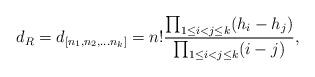
LaTeX: \begin{align*}d_R= d_{\left[ n_1, n_2, \dots n_k\right]}=n! {\prod_{1\leq i<j \leq k}(h_i-h_j)\over \prod_{1\leq i<j\leq k}( i- j)} ,\end{align*}